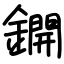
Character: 鐦